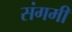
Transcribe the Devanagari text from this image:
संगमीं